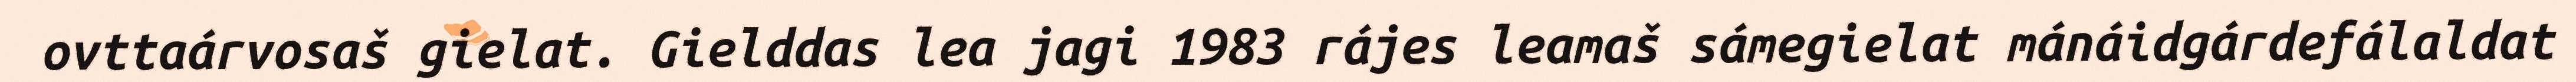
ovttaárvosaš gielat. Gielddas lea jagi 1983 rájes leamaš sámegielat mánáidgárdefálaldat